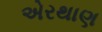
એરથાણ